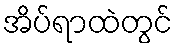
အိပ်ရာထဲတွင်